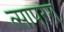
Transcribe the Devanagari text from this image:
त्सापरंग